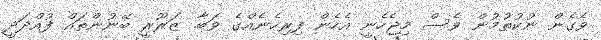
ވެގެން ނުކުތުމުން ވެސް މިޖެހެނީ އެހެން ފިރިހެނެއްގެ ވަބާ. ޒަރޫރީ ބޭނުންތައް ފުއްދަދީ